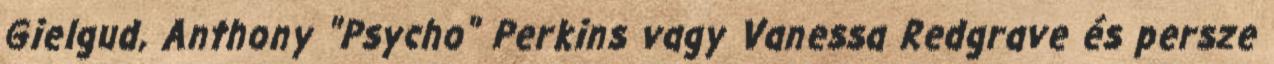
Gielgud, Anthony "Psycho" Perkins vagy Vanessa Redgrave és persze